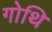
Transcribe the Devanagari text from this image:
गोथि